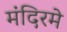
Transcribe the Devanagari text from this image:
मंदिरमे